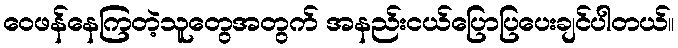
ဝေဖန်နေကြတဲ့သူတွေအတွက် အနည်းငယ်ပြောပြပေးချင်ပါတယ်။